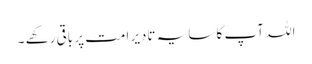
اللہ آپ کا سایہ تادیر امت پر باقی رکھے ۔